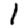
Digit: 1